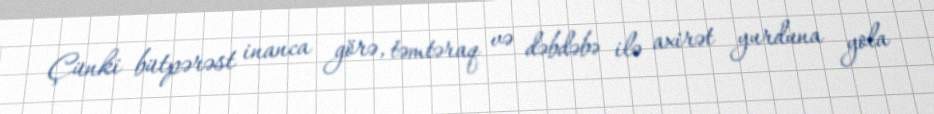
Çünki bütpərəst inanca görə, təmtəraq və dəbdəbə ilə axirət yurduna yola